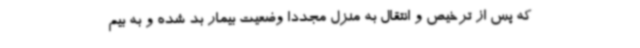
که پس از ترخیص و انتقال به منزل مجددا وضعیت بیمار بد شده و به بیم